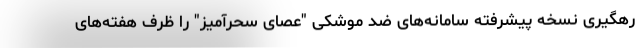
رهگیری نسخه پیشرفته سامانه‌های ضد موشکی "عصای سحرآمیز" را ظرف هفته‌های